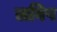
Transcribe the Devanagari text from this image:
लविष